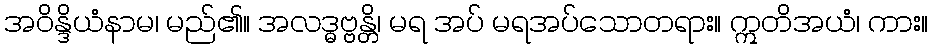
အဝိန္ဒိယံနာမ၊ မည်၏။ အလဒ္ဓဗ္ဗန္တိ၊ မရ အပ် မရအပ်သောတရား။ ဣတိအယံ၊ ကား။